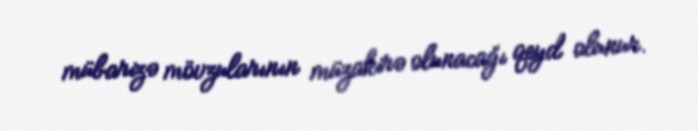
mübarizə mövzularının müzakirə olunacağı qeyd olunur.